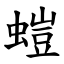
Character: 螘